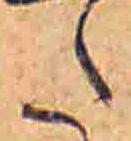
た